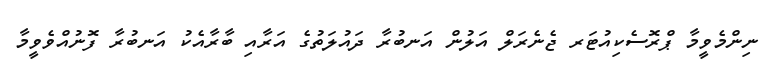
ނިންމެވީމާ ޕްރޮސެކިއުޓަރ ޖެނެރަލް އަލުން އަނބުރާ ދައުލަތުގެ އަރާއި ބާރާއެކު އަނބުރާ ފޮނުއްވެވީމާ